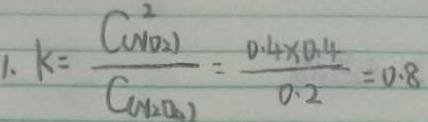
1 . k = \frac { C ^ { 2 } _ { ( N O _ { 2 } ) } } { C _ { ( N _ { 2 } O _ { 4 } ) } } = \frac { 0 . 4 \times 0 . 4 } { 0 . 2 } = 0 . 8